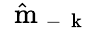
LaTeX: \hat{\mathrm{~\mathbf~m~}}_{-\mathrm{~\mathbf~k~}}